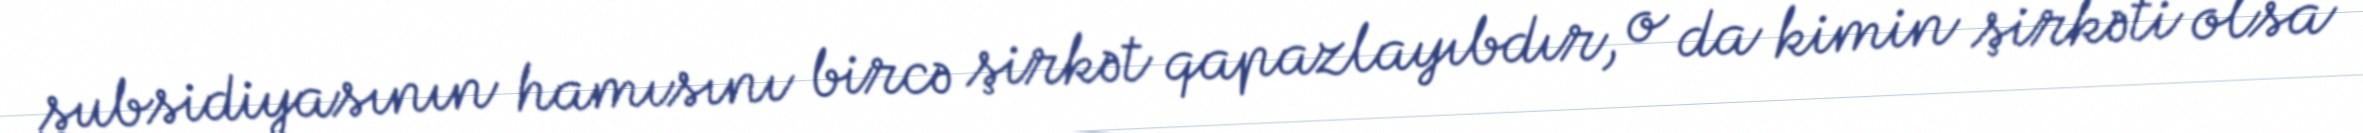
subsidiyasının hamısını bircə şirkət qapazlayıbdır, o da kimin şirkəti olsa